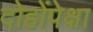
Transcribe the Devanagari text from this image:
दोहोंपेक्षा